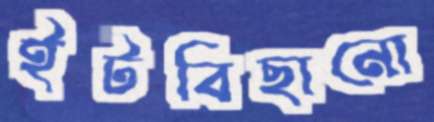
ইটবিছানো